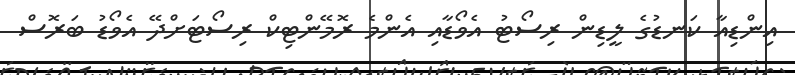
އިންޑިއާ ކަނޑުގެ ލީޑިން ރިސޯޓު އެވޯޑާއި އެންމެ ރޮމޭންޓިކް ރިސޯޓަށްދޭ އެވޯޑު ބަރޮސް